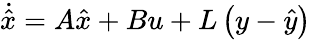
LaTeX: {\dot{\hat{x}}}=A{\hat{x}}+Bu+L\left(y-{\hat{y}}\right)